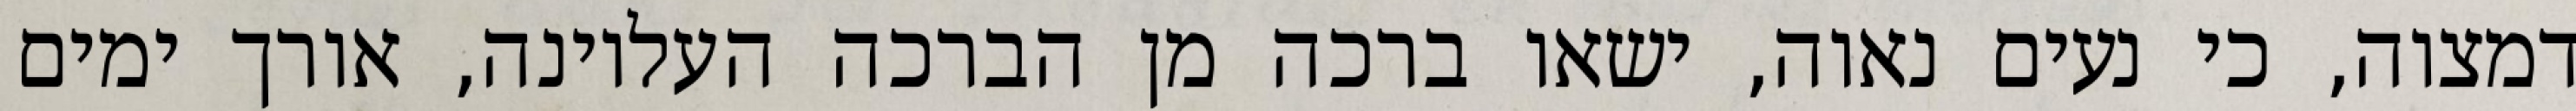
דמצוה, כי נעים נאוה, ישאו ברכה מן הברכה העליונה, אורך ימים